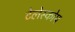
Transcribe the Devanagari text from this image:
टेलेस्कोप